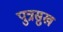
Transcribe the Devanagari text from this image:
पुत्रसुख